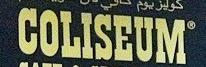
coliseum